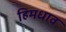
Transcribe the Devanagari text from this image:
हिमधाव